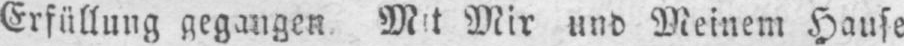
Mir und Meinem Hause